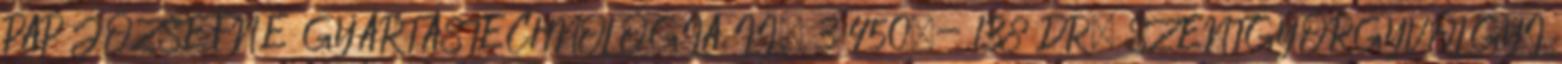
PAP JÓZSEFNÉ GYÁRTÁSTECHNOLÓGIA II. 3 450,- 138 DR. SZENTGYÖRGYVÖLGYI